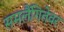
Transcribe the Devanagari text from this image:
समलैंगितेवर